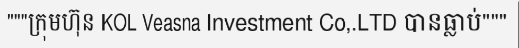
"""ក្រុមហ៊ុន KOL Veasna Investment Co,.LTD បានធ្លាប់"""